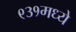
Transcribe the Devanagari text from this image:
९३१मध्ये